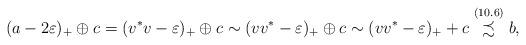
LaTeX: \begin{align*}(a-2\varepsilon)_+\oplus c= (v^*v-\varepsilon)_+\oplus c\sim (vv^*-\varepsilon)_+\oplus c\sim (vv^*-\varepsilon)_++c\stackrel{\mathrm{(10.6)}}{\precsim} b,\end{align*}